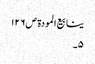
ینابیع المودة ص١٢٦
٥۔